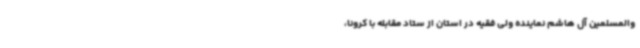
والمسلمین آل هاشم نماینده ولی فقیه در استان از ستاد مقابله با کرونا،